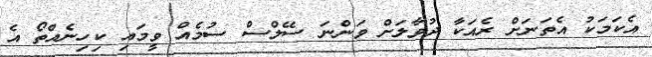
އެކަމަކު އެތަނަށް ރެއަކާ ދުވާލަށް ވަންނަ ސޭލްސް ސުމެއް ވީމައި ކިހިނެއްތޯ އެ